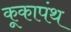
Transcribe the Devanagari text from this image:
कूकापंथ